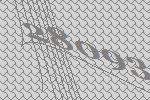
28093